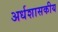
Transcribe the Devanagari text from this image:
अर्धशासकीय